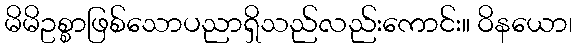
မိမိဥစ္စာဖြစ်သောပညာရှိသည်လည်းကောင်း။ ဝိနယော၊